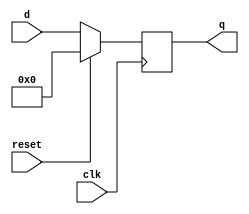
module top_module (
    input clk,
    input reset,
    input [7:0] d,
    output reg [7:0] q
);

always @(posedge clk)
    if (reset) q <= 0;
    else q <= d;

endmodule